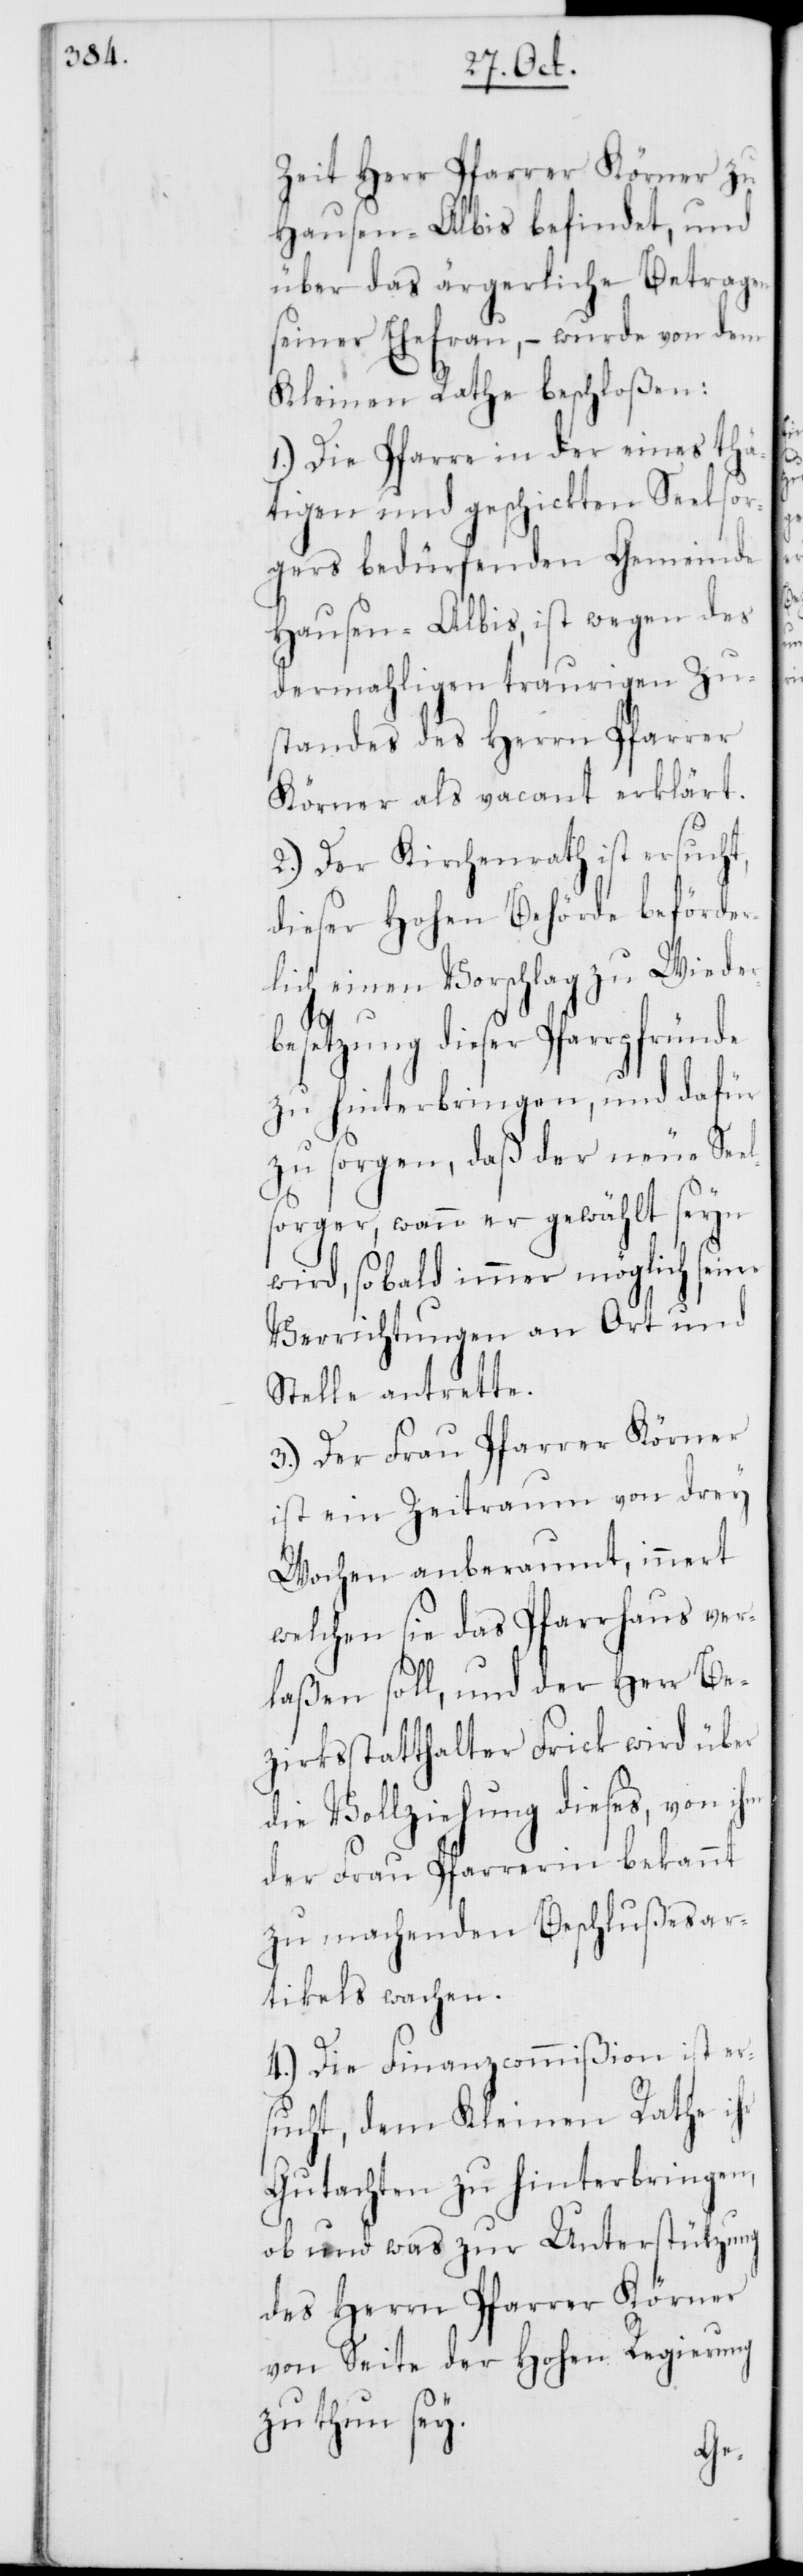
Zeit Herr Pfarrer Körner zu
Hausen-Albis befindet, und
über das ärgerliche Betragen
seiner Ehefrau, – wurde von dem
Kleinen Rathe beschloßen:
1.) Die Pfarre in der eines thä¬
tigen und geschickten Seelsor¬
gers bedürfenden Gemeinde
Hausen-Albis, ist wegen des
dermahligen traurigen Zu¬
standes des Herrn Pfarrer
Körner als vacant erklärt.
2.) Der Kirchenrath ist ersucht,
dieser Hohen Behörde beförder¬
lich einen Vorschlag zu Wieder¬
besetzung dieser Pfarrpfründe
zu hinterbringen, und dafür
zu sorgen, daß der neue Se¬
sorger, wenn er gewählt seyn
wird, so bald immer möglich seine
Verrichtungen an Ort und
Stelle antrete.
3.) Der Frau Pfarrer Körner
ist ein Zeitraum von drey
Wochen anberaumt, innert
welchen sie das Pfarrhaus ver¬
laßen soll, und der Herr Be¬
zirksstatthalter Frick wird über
die Vollziehung dieses, von ihm
der Frau Pfarrerin bekannt
zu machenden Beschlußesar¬
tikels wachen.
4.) Die Finanzcommißion ist er¬
sucht, dem Kleinen Rathe ihr
Gutachten zu hinterbringen,
ob und was zur Unterstützung
des Herrn Pfarrer Körner
von Seite der Hohen Regierung
zu tun sey.
el¬